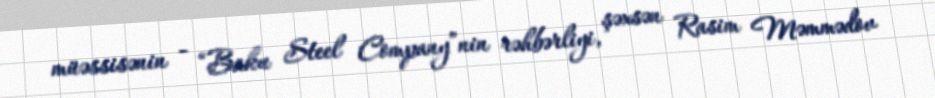
müəssisənin - “Baku Steel Company”nin rəhbərliyi, şəxsən Rasim Məmmədov